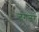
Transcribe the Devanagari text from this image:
जंगजंग